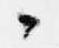
々